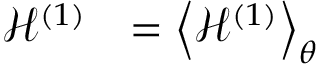
\begin{array} { c l } { \mathcal { H } ^ { ( 1 ) } } & { = \left< { \mathcal { H } ^ { ( 1 ) } } \right> _ { \theta } } \end{array}